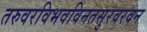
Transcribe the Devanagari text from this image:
तरुवरविभवविनतसुरवरवन